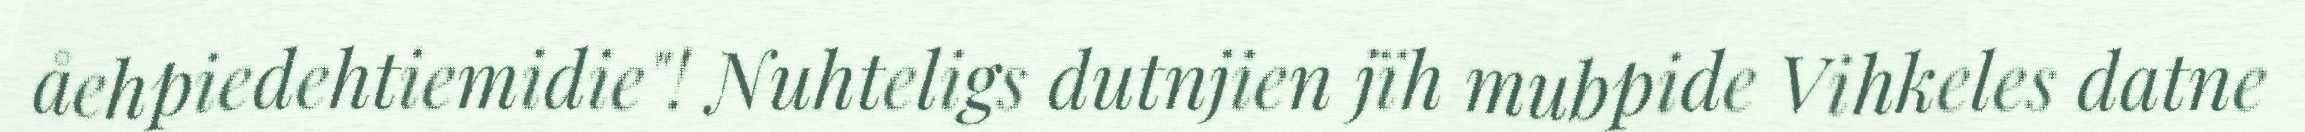
åehpiedehtiemidie"! Nuhteligs dutnjien jïh mubpide Vihkeles datne